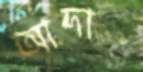
আদার